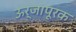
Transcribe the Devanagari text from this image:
ऊर्जापूरक